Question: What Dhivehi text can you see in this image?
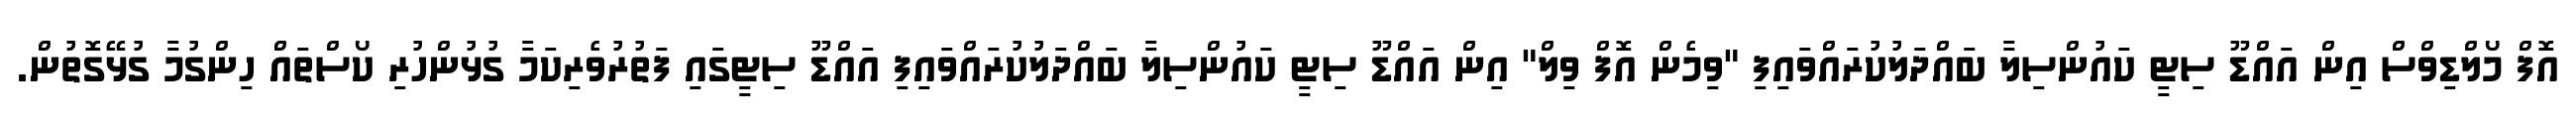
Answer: އޮފް މޯލްޑިވްސް އިން އައްޑޫ ސިޓީ ކައުންސިލާ ބައްދަލުކުރައްވައިފި "ވިމެން އޮފް ވިލް" އިން އައްޑޫ ސިޓީ ކައުންސިލާ ބައްދަލުކުރައްވައިފި އައްޑޫ ސިޓީގައި ފަތުރުވެރިކަމާ ގުޅުންހުރި ކޯސްތައް ހިންގުމާ ގުޅޭގޮތުން.